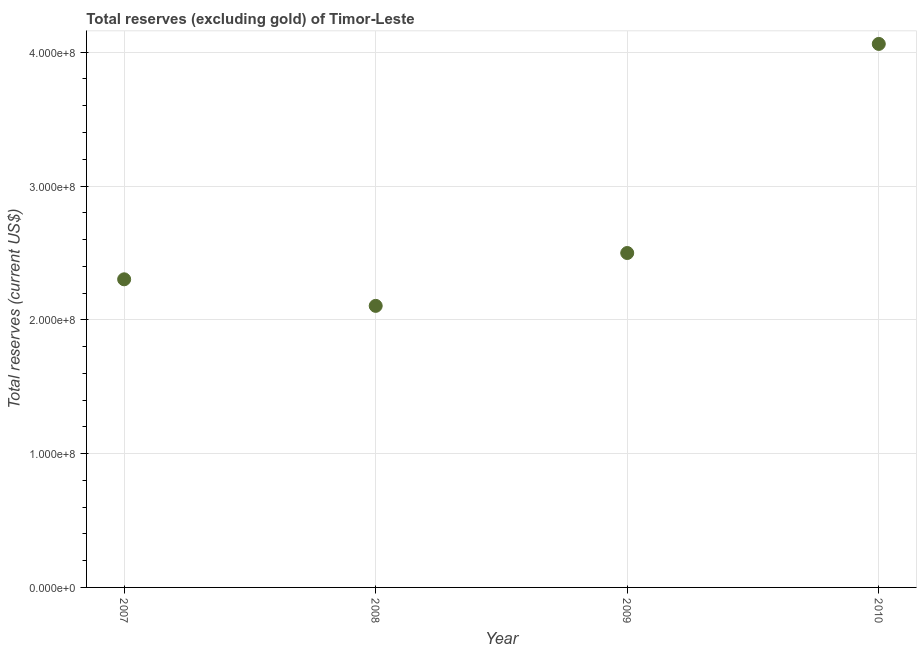
| Year | Total reserves minus gold (current US$) |
 | --- | --- |
 | 2007 | 2.3e+08 |
 | 2008 | 2.1e+08 |
 | 2009 | 2.5e+08 |
 | 2010 | 4.06e+08 |